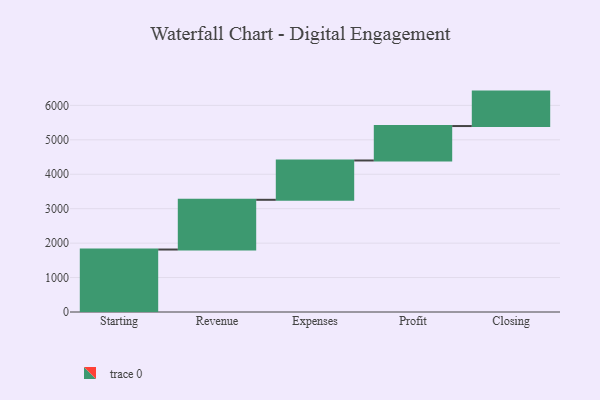
{"axis": {"x": "Step", "y": "Value"}, "legend": [""], "data": [{"x": "Starting", "y": 1814.0, "type": ""}, {"x": "Revenue", "y": 1444.0, "type": ""}, {"x": "Expenses", "y": 1142.0, "type": ""}, {"x": "Profit", "y": 1000, "type": ""}, {"x": "Closing", "y": 1000, "type": ""}]}